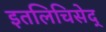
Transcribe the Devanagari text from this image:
इतलिचिसेद्